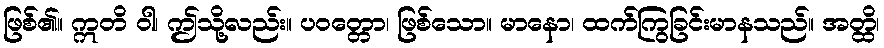
ဖြစ်၏။ ဣတိ ဝါ၊ ဤသို့လည်း။ ပဝတ္တော၊ ဖြစ်သော။ မာနော၊ ထက်ကြွခြင်းမာနသည်။ အတ္ထိ၊